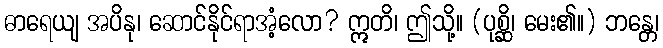
ဓာရေယျ အပိနု၊ ဆောင်နိုင်ရာအံ့လော? ဣတိ၊ ဤသို့။ (ပုစ္ဆိ၊ မေး၏။) ဘန္တေ၊